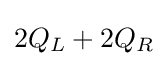
2Q_{L}+2Q_{R}